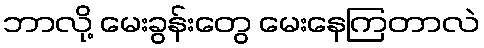
ဘာလို့ မေးခွန်းတွေ မေးနေကြတာလဲ